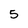
Character: 5